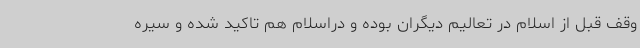
وقف قبل از اسلام در تعالیم دیگران بوده و دراسلام هم تاکید شده و سیره